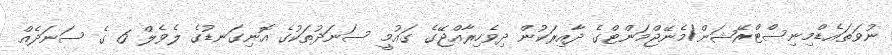
ނުވަތައެޑްމިނިސްޓްރޭޝަން/މެނޭޖްމަންޓްގެ ދާއިރަކުން ދިވެހިރާއްޖޭގެ ގައުމީ ސަނަދުތަކުގެ އޮނިގަނޑުގެ ލެވެލް 6 ގެ ސަނަދެއް